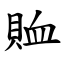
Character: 賉